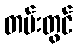
တမ်းတွင်